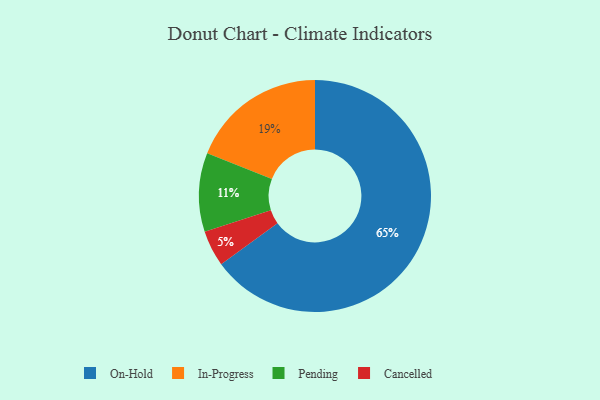
{"axis": {"x": "Category", "y": "Percentage"}, "legend": ["Cancelled", "In-Progress", "On-Hold", "Pending"], "data": [{"x": "Cancelled", "y": 5, "type": "Cancelled"}, {"x": "In-Progress", "y": 19, "type": "In-Progress"}, {"x": "On-Hold", "y": 65, "type": "On-Hold"}, {"x": "Pending", "y": 11, "type": "Pending"}]}